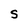
Character: S